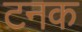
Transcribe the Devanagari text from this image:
टनक